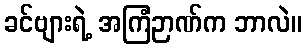
ခင်ဗျားရဲ့ အကြံဉာဏ်က ဘာလဲ။